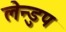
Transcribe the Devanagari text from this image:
लेन्डुप